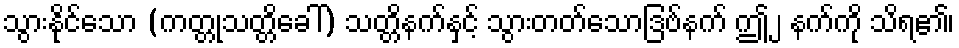
သွားနိုင်သော (ကတ္တုသတ္တိခေါ်) သတ္တိနက်နှင့် သွားတတ်သောဒြဗ်နက် ဤ၂ နက်ကို သိရ၏၊